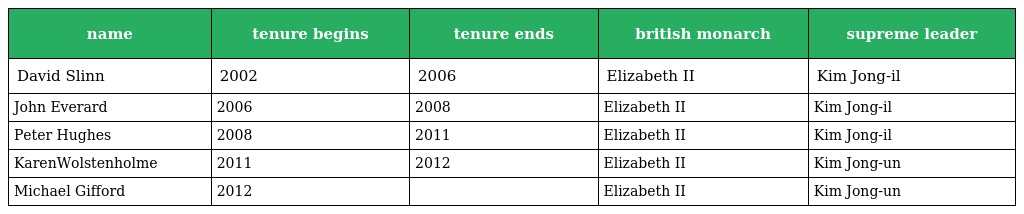
| name | tenure begins | tenure ends | british monarch | supreme leader |
 | --- | --- | --- | --- | --- |
 | David Slinn | 2002 | 2006 | Elizabeth II | Kim Jong-il |
 | John Everard | 2006 | 2008 | Elizabeth II | Kim Jong-il |
 | Peter Hughes | 2008 | 2011 | Elizabeth II | Kim Jong-il |
 | KarenWolstenholme | 2011 | 2012 | Elizabeth II | Kim Jong-un |
 | Michael Gifford | 2012 |  | Elizabeth II | Kim Jong-un |